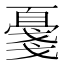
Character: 𪭔